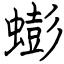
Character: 蟛